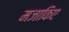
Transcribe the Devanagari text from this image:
मजाकिए